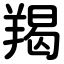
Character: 羯